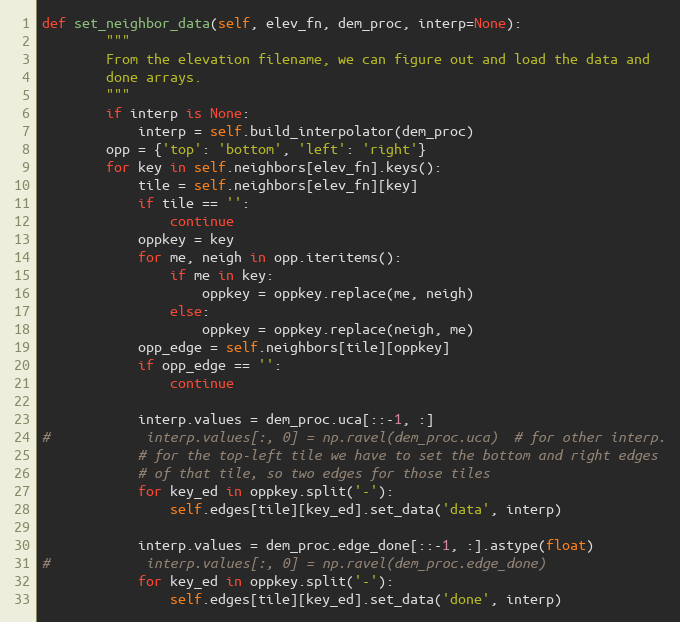
Language: Python
def set_neighbor_data(self, elev_fn, dem_proc, interp=None):
        """
        From the elevation filename, we can figure out and load the data and
        done arrays.
        """
        if interp is None:
            interp = self.build_interpolator(dem_proc)
        opp = {'top': 'bottom', 'left': 'right'}
        for key in self.neighbors[elev_fn].keys():
            tile = self.neighbors[elev_fn][key]
            if tile == '':
                continue
            oppkey = key
            for me, neigh in opp.iteritems():
                if me in key:
                    oppkey = oppkey.replace(me, neigh)
                else:
                    oppkey = oppkey.replace(neigh, me)
            opp_edge = self.neighbors[tile][oppkey]
            if opp_edge == '':
                continue

            interp.values = dem_proc.uca[::-1, :]
#            interp.values[:, 0] = np.ravel(dem_proc.uca)  # for other interp.
            # for the top-left tile we have to set the bottom and right edges
            # of that tile, so two edges for those tiles
            for key_ed in oppkey.split('-'):
                self.edges[tile][key_ed].set_data('data', interp)

            interp.values = dem_proc.edge_done[::-1, :].astype(float)
#            interp.values[:, 0] = np.ravel(dem_proc.edge_done)
            for key_ed in oppkey.split('-'):
                self.edges[tile][key_ed].set_data('done', interp)